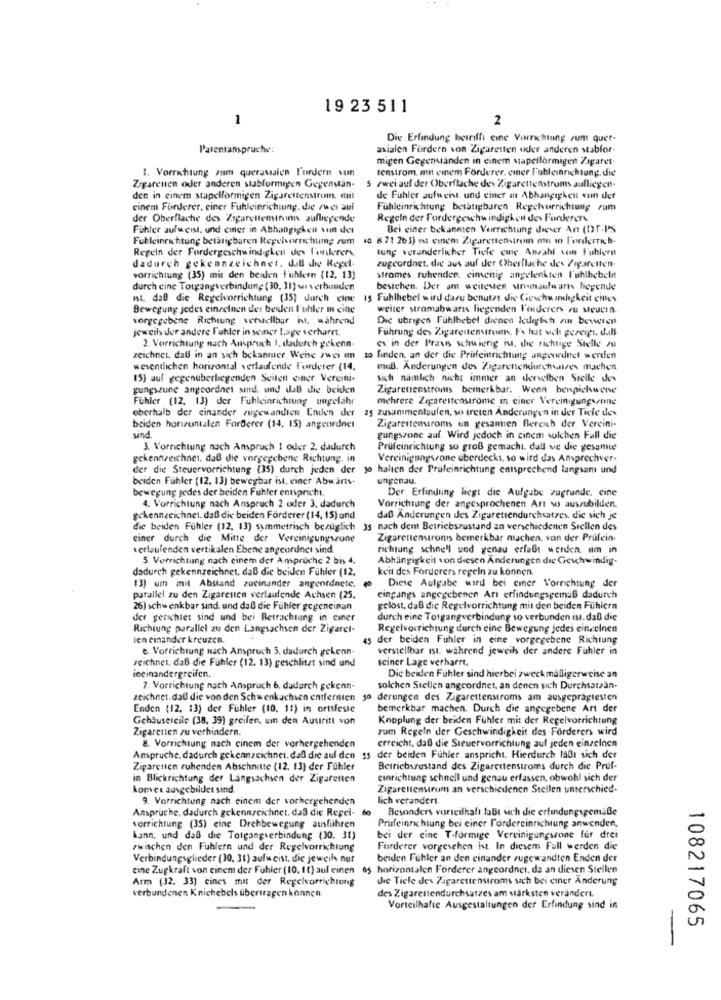
19 23 511
1
2
Die Erfindung betrifft cine Vorrichtung zum quer-
Patentanspruche:
axialen Fordern von Zigaretten oder anderen stabfor-
migen Gegenständen in einem stapelformigen Zagaret
1. Vorrichtung zum queravialen P'ordern sun
tenstrom. mit einem Förderer, einer Fuhleinrichtung. die
Zigarenen oder anderen stabformigen Gegenstän-
5 zwei auf der Oberflache des Zigarettenstroms aufliegen-
den in einem stapelformigen Zigarettenstrom, mit
de Fuhler aufweist, und einer an Abhangigkent von der
einem Forderer, einer Fuhleinrichtung, die zwei aul
Fühleinrichtung betstigbaren Regelvorrichtung rum
der Oberflache des Zigaretteminim aufliegende
Regeln der Fordergeschwindigken des Farberers
Fühler aufweist. und einer in Abhangigkent von der
Bei einer bekannten Vorrichtung dieser Ant (DT-P'S
Fuhleinrichtung betätigbaren Regelsorrachumg zum 10 8 71 263) it einem Zigarettenstron en in l'orderrich-
tung veranderlicher Tivle cine Anzahl von Fuhlern
Regeln der Fordergeschwindigkeit des l'onlerers,
dadurch gekennzeichnet. duB die Regel-
zugeordnet. die aus auf der Oherflache des Zigaretten.
vorrichtung (35) mit den beuken fuhlern (12, 13)
strames rubenden, einseitig angelenkten l'uhlhebeln
durch cine Totgangverbindung (30, 3l) se verbunden
besichen. Der am weitesten urensufu ari liegende
nt. dal die Regelvorrichtung (35) durch eine
15 Fuhlhebel wird daru benutzt. die Geschwindigkeit eines
Bewegung jedes einzelnen der berden Fuhler in cine
weiter stromabwarts liegenden Forderers ou steuern
vorgegebene Richtung verstellbar ist. während
Dic ubrigen Fühlhebel dienen ledeglich zu beweren
jeweils der andere Fuhler in seiner Lage verharrt.
Führung des Zigarettenstrom. Fr hat sich gezeigt. dal
2. Vorrichtung nach Anspruch 1. dadurch gekenn-
es in der Praxis schwierig iu. die richtige Stelle zu
zeichnet daß in an sich bekannter Weise zwei un
10 finden, an der die Prufeinrichtung angordnet werden
wesentlichen horizontal verlaufende furderer (14,
muB. Anderungen des Zigarettendurcholives machen
15) auf gegenüberliegenden Seiten einer Vereini.
sich nämlich nicht immer an dervelben Stelle des
gungszune angeordnet sind. und daß die beiden
Zigarettenstroms bemerkbar. Wenn benpickwene
Fühler (12, 13) der Fühleinrichtung ungefähr
mehrere Zigarettenströme in ciner Vereinigunganne
oberhalb der cinander rugewandten Enden der
25 Zusammenlaufen, so treten Anderungen in der Tiefe des
beiden horizontalen Forderer (14, 15) angeordnet
sind
Zigarettenroms un gesamien Bereich der Vereini-
gungszone auf. Wird jedoch in cinem solchen Fall die
3. Vorrichtung nach Anspruch I oder 2. dadurch
Prüfeinrichtung so groß gemacht. dall sie die gesamte
gekennzeichnet, daß die vorgegebene Richtung. in
Vereinigungszone uberdecks, so wird das Ansprechver-
der die Steuervorrichtung (35) durch jeden der
jo halten der Prufeinrichtung entsprechend langsam und
beiden Fühler (12. 13) bewegbar ist, einer Abwärts.
ungenau.
bewegung jedes der beiden Fühler entspricht.
Der Erfindung liegt die Aufgabe zugrunde. cine
4. Vorrichtung nach Anspruch 2 oder 3. dadurch
Vorrichtung der angesprochenen Art so auszubilden.
gekennzeichnet. daß die beiden Förderer (14, 15) und
daß Änderungen des Zigarettendurchsatzes, die sich je
die beiden Fühler (12, 13) symmetrisch bezüglich 35 nach dem Betriebszustand an verschiedenen Stellen des
einer durch die Mitte der Vereinigungszune
Zigarettenstroms bemerkbar machen, von der Prüfein-
verlaufenden vertikalen Ebene angeordnet sind
richtung schnell und genau erfaßt werden. um in
5. Vorrichtung nach einem der Anspruchc 2 bis 4.
Abhängigkeit von diesen Änderungen die Geschwindig-
dadurch gekennzeichnet, daß die beiden Fühler (12.
keit des Forderers regeln zu können.
13) um mit Abstand zueinander angeordnete.
Diese Aufgabe wird bei einer Vorrichtung der
parallel zu den Zigaretten verlaufende Achsen (25.
eingangs angegebenen Arı erfindungsgemäß dadurch
26) schwenkbar sind. und daß die Fühler gegeneinan
gelost, daß die Regelvorrichtung mit den beiden Fühlern
der gerichtet sind und bei Betrachtung in ciner
durch eine Totgangverbindung so verbunden ist, daß die
Richtung parallel zu den Langsachsen der Zigarel-
Regelvorrichtung durch eine Bewegung jedes einzelnen
len einander kreuzen.
45 der beiden Fuhler in eine vorgegebene Richtung
t. Vorrichtung nach Anspruch 5. dadurch gekenn-
verstellbar ist. während jeweils der andere Fühler in
zeichnet, daß die Fuhler (12. 13) geschlitzt sind und
seiner Lage verharrt.
ineinandergreifen.
Die beiden Fuhler sind hierbei zweckmäßigerweise an
7. Vorrichtung nach Anspruch 6. dadurch gekenn-
solchen Stellen angeordnet, an denen sich Durchsatzan-
zeichnet, daß die von den Schwenkachsen entfernten 30 derungen des Zigarettenstroms am ausgeprägtesten
Enden (12. 13) der Fühler (10, 11) in ortsfeste
bemerkbar machen. Durch die angegebene Art der
Gehtusereile (38, 39) greifen, uin den Austritt von
Kopplung der beiden Fuhler mit der Regelvorrichtung
Zigaretten zu verhindern.
zum Regeln der Geschwindigkeit des Forderers wird
erreicht, daß die Steuervorrichtung auf jeden einzelnen
8. Vorrichtung nach cinem der vorhergehenden
Anspruche. dadurch gekennzeichnet, daß die auf den 15 der beiden Fühler anspricht. Hierdurch läßt sich der
Zigaretten ruhenden Abschnitte (12. 13) der Fühler
Betriebszustand des Zigarettenstroms durch die Prüf-
in Blickrichtung der Langsachsen der Zigaretten
einrichtung schnell und genau erfassen, obwohl sich der
konver ausgebildet sind.
Zigarettenstrom an verschiedenen Stellen unterschied-
9. Vorrichtung nach einem der vorhergehenden
lich verandert.
Anspruche. dadurch gekennzeichnet, daß die Regel-
60
Besonders vorteilhaft laBt sich die erfindungsgemäße
Prisfeinrichtung bei ciner l'ordereinrichtung anwenden,
vorrichtung (35) eine Drehbewegung ausführen
kann, und daß die Totgangverbindung (30. 31)
bei der cine T-formige Vereinigungszone für drei
zwischen den Fuhlern und der Regelvorrichtung
Forderer vorgesehen ist. In diesem Full werden die
Verbindungsglieder (30, 31) aufu cist. die jeweik nur
beiden Fühler an den cinander zugewandten Enden der
eine Zugkraft von einem der Fubler (10. It) auf einen
65 horizontalen Forderer angeordnet. da an diesen Stellen
Arm (32. 33) cines mit der Regelvorrichtung
die Tiele des Zigarettenstroms sach bei einer Änderung
verbundenen Kniehebels übertragen können.
des Zigarettendurchsatzes am stärksten verandert.
Vorteilhafte Ausgestaltungen der Erfindung sind in
108217065
-